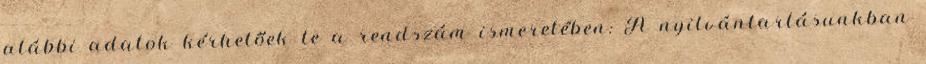
alábbi adatok kérhetőek le a rendszám ismeretében: A nyilvántartásunkban